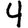
Digit: 4